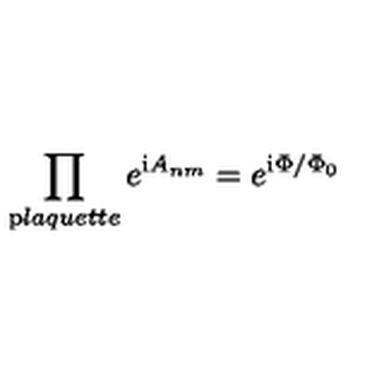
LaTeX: \prod _ { \mathrm p l a q u e t t e } e ^ { { \mathrm i } A _ { n m } } = e ^ { { \mathrm i } \Phi / \Phi _ { 0 } }